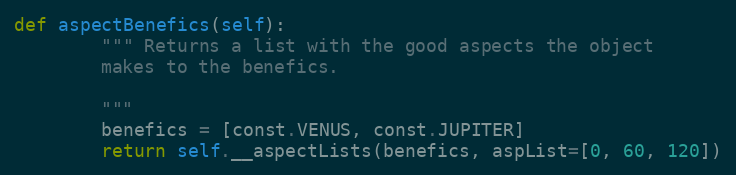
Language: Python
def aspectBenefics(self):
        """ Returns a list with the good aspects the object
        makes to the benefics.

        """
        benefics = [const.VENUS, const.JUPITER]
        return self.__aspectLists(benefics, aspList=[0, 60, 120])